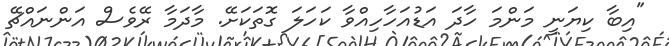
"އިބާ ކިޔަނީ މަންމަ ހާދަ އަޑުއަހާހިއްވާ ކަހަލަ ގޮތަކަށޭ. މާދަމާ ރޭވެސް އަންނައްޗޭ